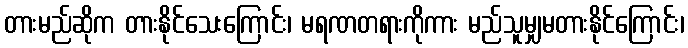
တားမည်ဆိုက တားနိုင်သေးကြောင်း၊ မရဏတရားကိုကား မည်သူမျှမတားနိုင်ကြောင်း၊